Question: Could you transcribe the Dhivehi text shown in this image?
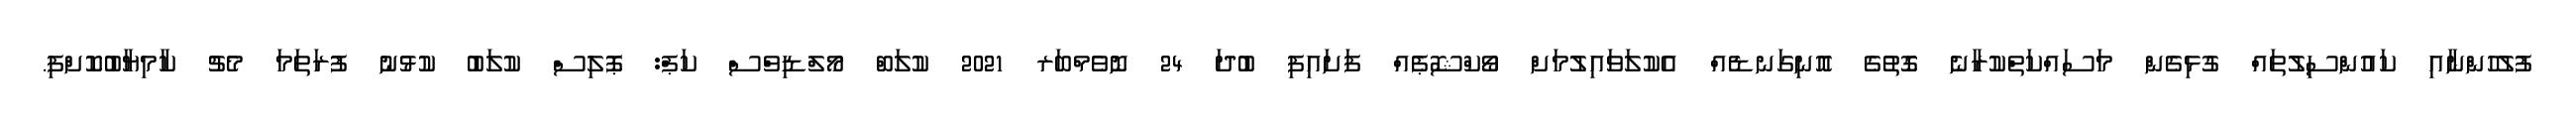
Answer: ފުލުހުންނާއި ކައުންސިލުތައް ގުޅިގެން މަސައްކަތްކުރާނެ ގޮތުގެ އޮނިގަނޑެއް އެކުލަވައިލުމަށް ވޯކްޝޮޕެއް ފަށައިފި ބުދަ 24 ނޮވެމްބަރ 2021 ކުލަބް މޯލްޑިވްސް ކަޕް: ޕޮލިސް ކުލަބު ކުޅުނު ފުރަތަމަ މެޗު ކާމިޔާބުކޮށްފި.